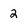
Character: 2